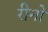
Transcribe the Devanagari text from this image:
रीनो